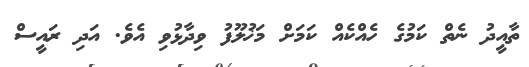
ތާއީދު ނެތް ކަމުގެ ހެއްކެއް ކަމަށް މަޚުލޫފު ވިދާޅުވި އެވެ. އަދި ރައީސް